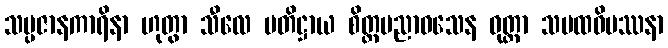
သမ္ပဇာနကာရိနာ ဟုတွာ သီလေ ပတိဋ္ဌာယ စိတ္တပညာဝသေန ဝုတ္တာ သမထဝိပဿနာ